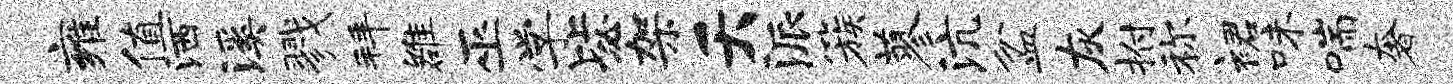
雍值洒溪戮拜雒巫学毖架夭派簇蓼沆盆灰拊称裙味喘奢